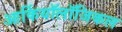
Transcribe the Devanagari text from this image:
आर्कियॉलॉजिकल